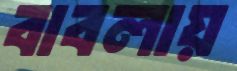
বাবলায়